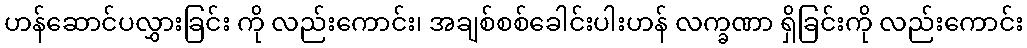
ဟန်ဆောင်ပလွှားခြင်း ကို လည်းကောင်း၊ အချစ်စစ်ခေါင်းပါးဟန် လက္ခဏာ ရှိခြင်းကို လည်းကောင်း